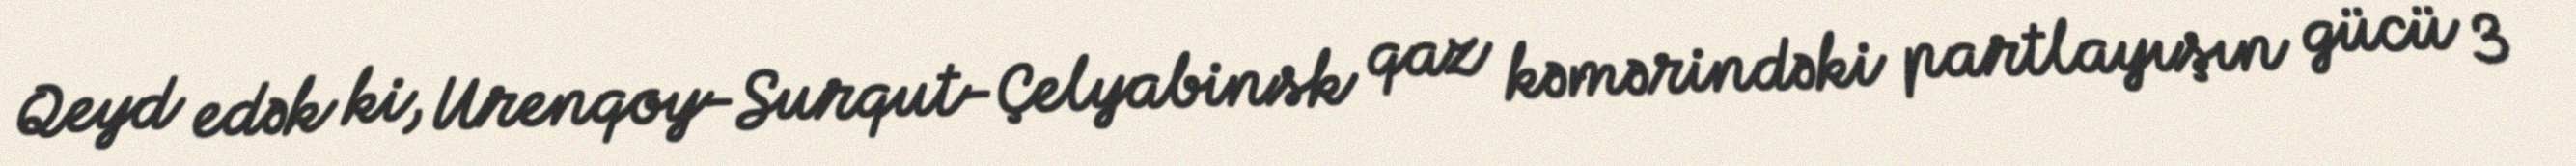
Qeyd edək ki, Urenqoy-Surqut-Çelyabinsk qaz kəmərindəki partlayışın gücü 3